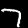
Digit: 7